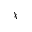
\chi _ { - }